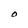
Character: O